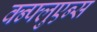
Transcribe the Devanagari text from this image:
क्न्फ्लुएन्स